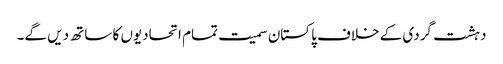
دہشت گردی کے خلاف پاکستان سمیت تمام اتحادیوں کا ساتھ دیں گے۔